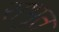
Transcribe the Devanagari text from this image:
सभुत